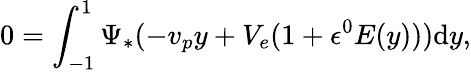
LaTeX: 0=\int_{-1}^{1}\Psi_{*}(-v_{p}y+V_{e}(1+\epsilon^{0}E(y)))\mathrm{d}y,